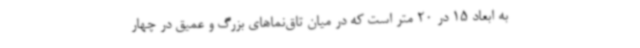
به ابعاد 15 در 20 متر است که در میان تاق‌نماهای بزرگ و عمیق در چهار